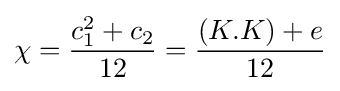
\chi ={\frac {c_{1}^{2}+c_{2}}{12}}={\frac {(K.K)+e}{12}}